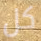
كل